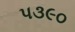
પ૩૯૦